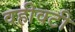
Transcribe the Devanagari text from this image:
वहीवटी